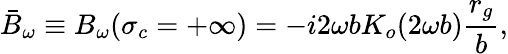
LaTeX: \bar{B}_{\omega}\equiv B_{\omega}(\sigma_{c}=+\infty)=-i2\omega bK_{o}(2\omega b)\frac{r_{g}}{b},